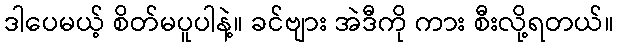
ဒါပေမယ့် စိတ်မပူပါနဲ့။ ခင်ဗျား အဲဒီကို ကား စီးလို့ရတယ်။